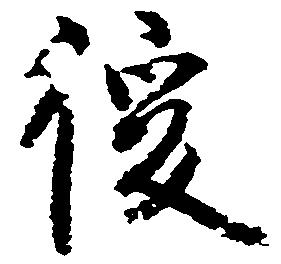
後